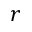
r